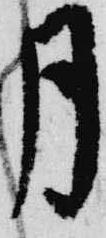
月